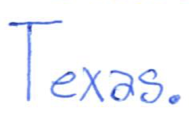
Text: Texas.
Cross-out: clean
Writing tool: ballpoint